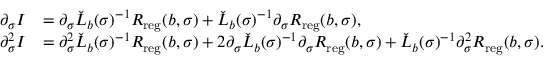
\begin{array} { r l } { \partial _ { \sigma } \MakeUppercase { \romannumeral 1 } } & { = \partial _ { \sigma } \check { L } _ { b } ( \sigma ) ^ { - 1 } R _ { \mathrm { r e g } } ( b , \sigma ) + \check { L } _ { b } ( \sigma ) ^ { - 1 } \partial _ { \sigma } R _ { \mathrm { r e g } } ( b , \sigma ) , } \\ { \partial _ { \sigma } ^ { 2 } \MakeUppercase { \romannumeral 1 } } & { = \partial _ { \sigma } ^ { 2 } \check { L } _ { b } ( \sigma ) ^ { - 1 } R _ { \mathrm { r e g } } ( b , \sigma ) + 2 \partial _ { \sigma } \check { L } _ { b } ( \sigma ) ^ { - 1 } \partial _ { \sigma } R _ { \mathrm { r e g } } ( b , \sigma ) + \check { L } _ { b } ( \sigma ) ^ { - 1 } \partial _ { \sigma } ^ { 2 } R _ { \mathrm { r e g } } ( b , \sigma ) . } \end{array}